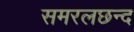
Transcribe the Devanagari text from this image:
समरलछन्द